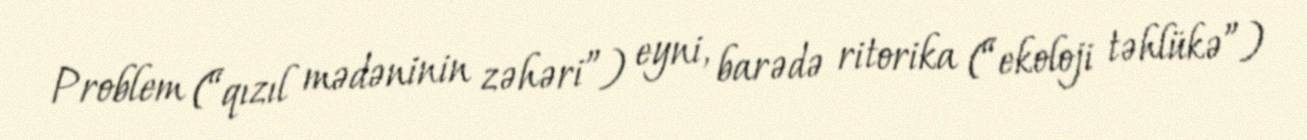
Problem (“qızıl mədəninin zəhəri”) eyni, barədə ritorika (“ekoloji təhlükə”)